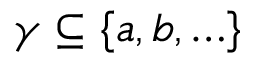
\gamma \subseteq \{ a , b , \ldots \}